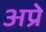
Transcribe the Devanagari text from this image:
अप्रे